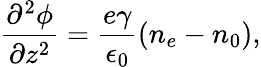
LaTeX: \frac{\partial^{2}\phi}{\partial z^{2}}=\frac{e\gamma}{\epsilon_{0}}(n_{e}-n_{0}),